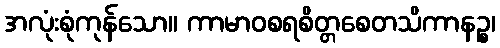
အလုံးစုံကုန်သော။ ကာမာဝစရစိတ္တစေတသိကာနဉ္စ၊